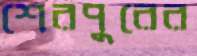
শেরপুরের